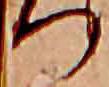
つ